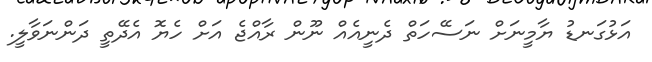
އަޅުގަނޑު ޔާމީނަށް ނަސޭހަތް ދެނީއެއް ނޫން ރާއްޖެ އަށް ހެޔޮ އެދޭތީ ދަންނަވާލީ.